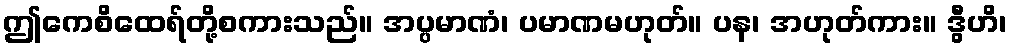
ဤကေစိထေရ်တို့စကားသည်။ အပ္ပမာဏံ၊ ပမာဏမဟုတ်။ ပန၊ အဟုတ်ကား။ ဒွီဟိ၊